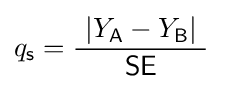
q_{\mathsf {s}}={\frac {\ \left|Y_{\mathsf {A}}-Y_{\mathsf {B}}\right|\ }{\ {\mathsf {SE}}\ }}\